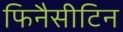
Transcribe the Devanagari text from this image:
फिनैसीटिन